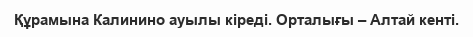
Құрамына Калинино ауылы кіреді. Орталығы – Алтай кенті.